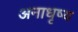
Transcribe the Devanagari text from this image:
अनाधृष्य